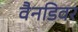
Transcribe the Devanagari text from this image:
वैनडिवर